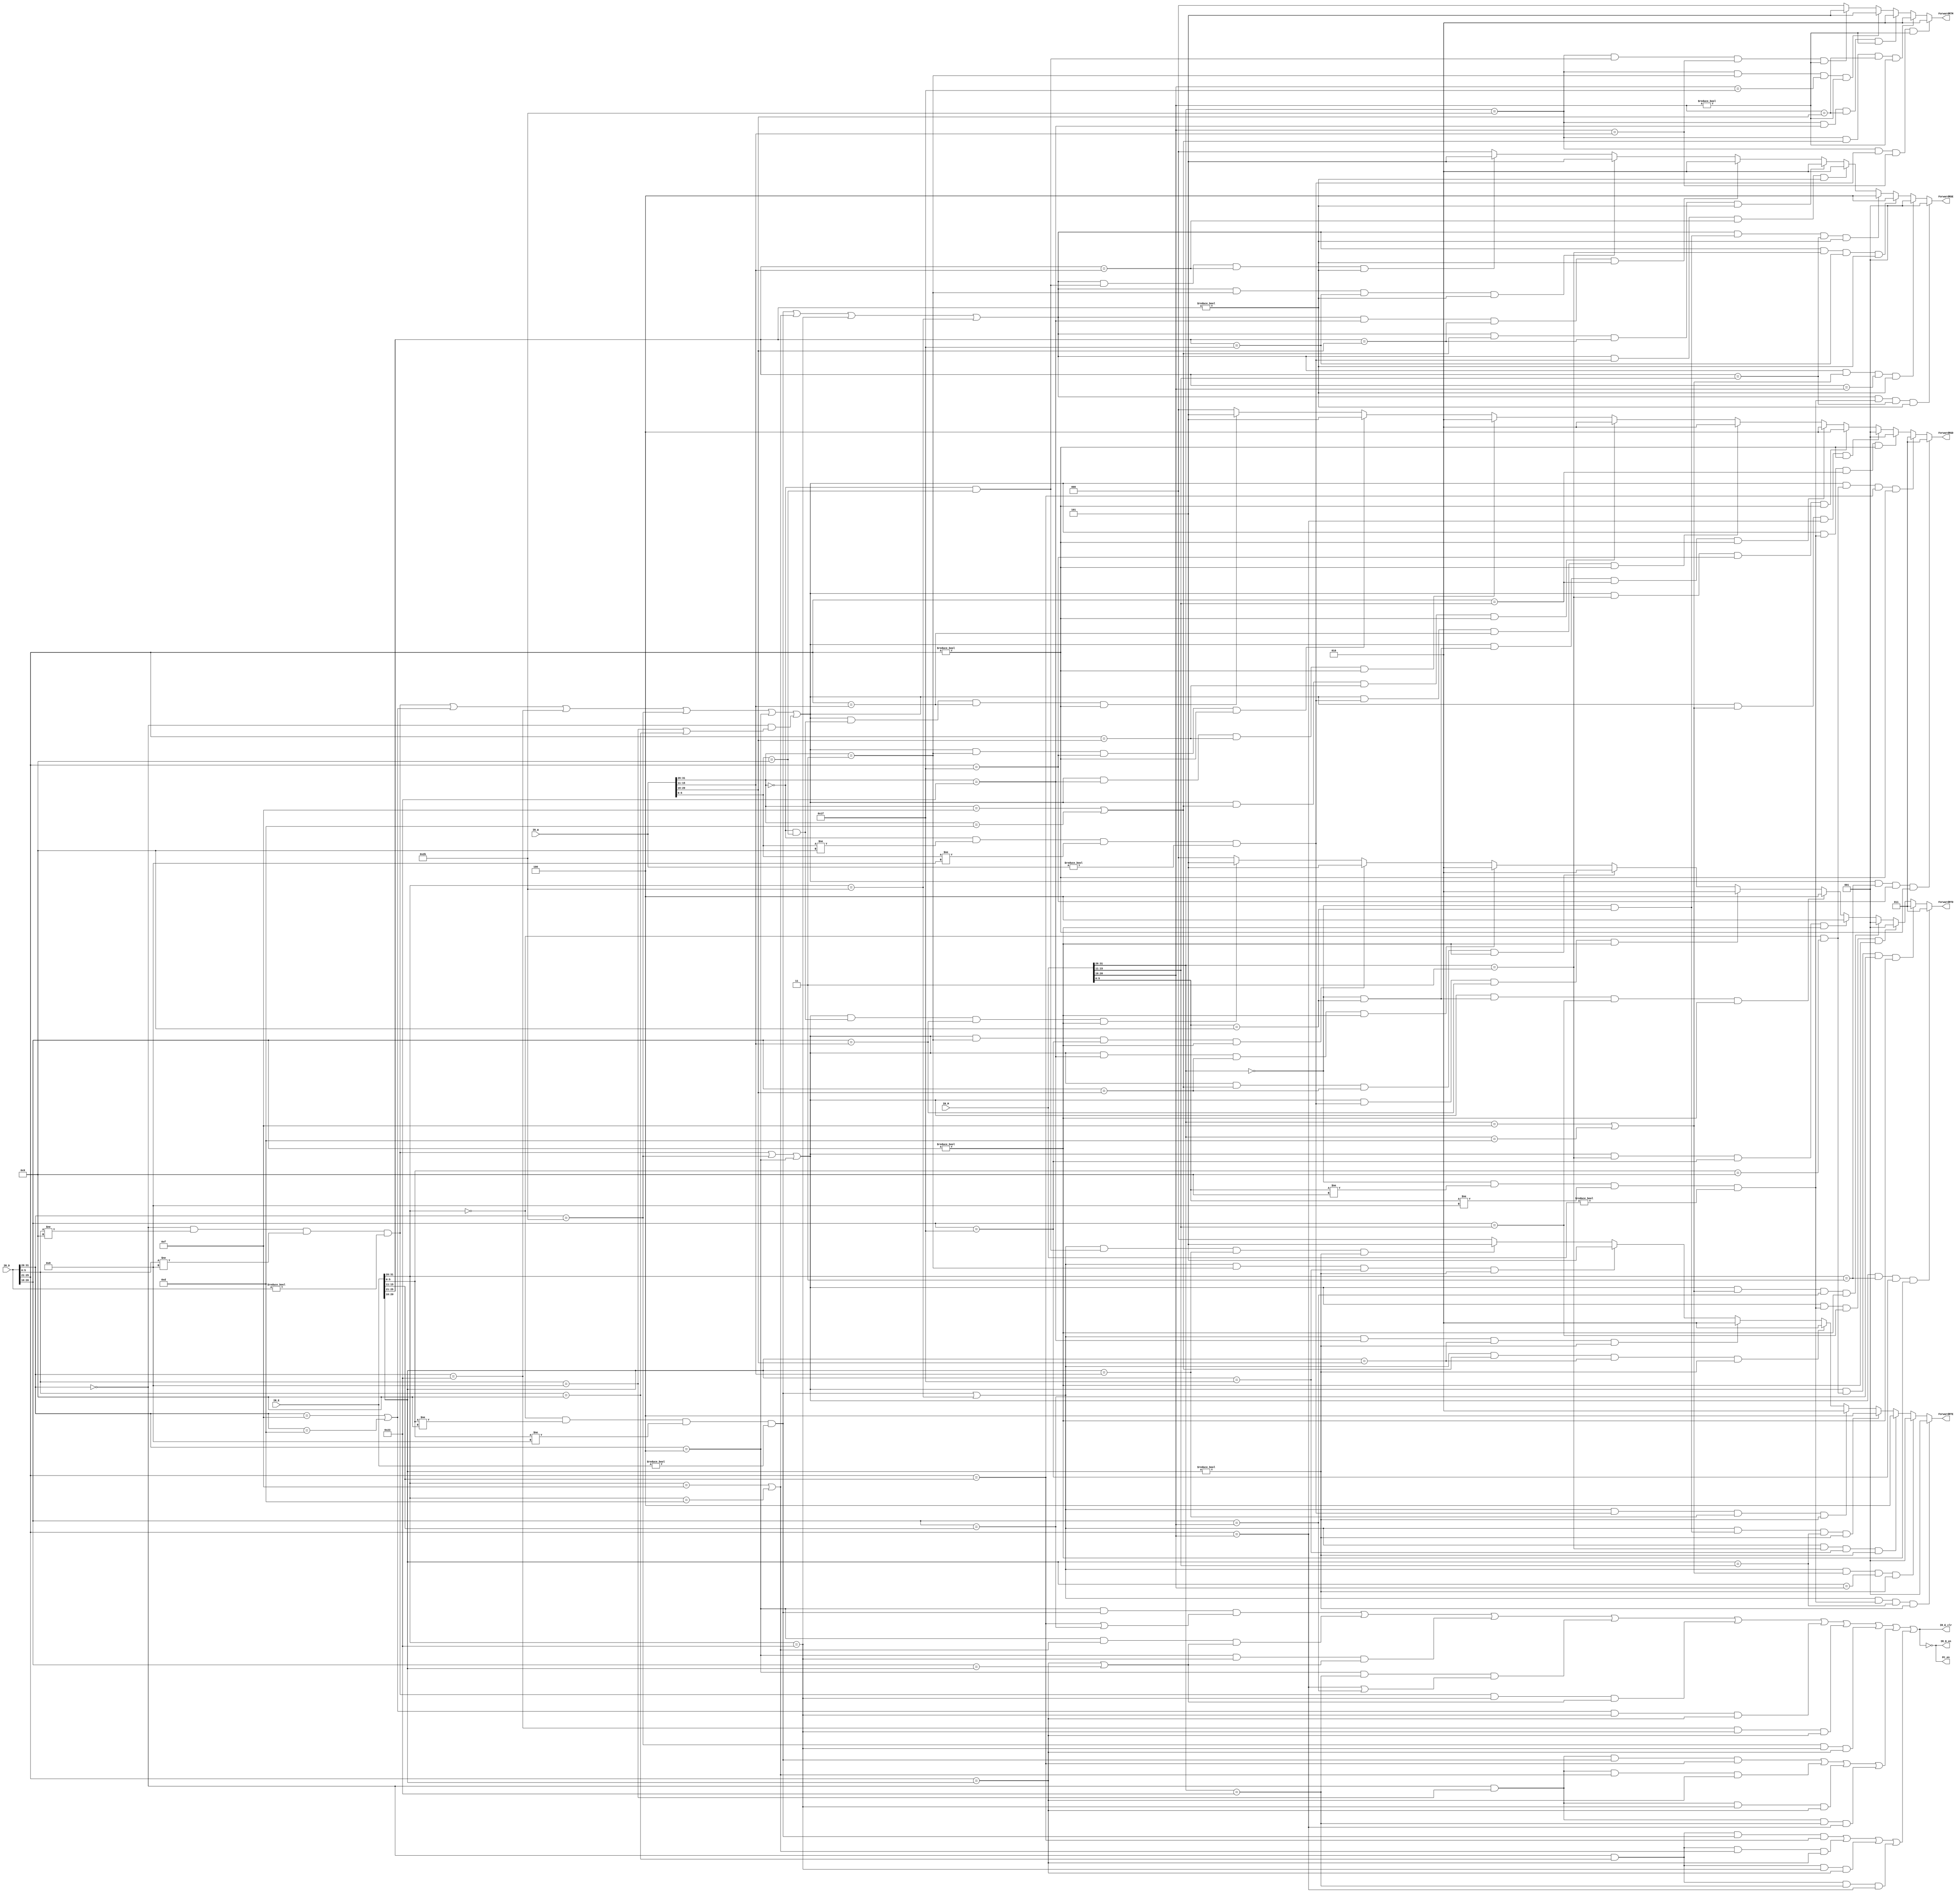
`timescale 1ns / 1ps
//////////////////////////////////////////////////////////////////////////////////
// Company: 
// Engineer: 
// 
// Design Name: 
// Module Name:    hazardUnit 
// Project Name: 
// Target Devices: 
// Tool versions: 
// Description: 
//
// Dependencies: 
//
// Revision: 
// Revision 0.01 - File Created
// Additional Comments: 
//
//////////////////////////////////////////////////////////////////////////////////
module hazardUnit(
	 input [31:0] IR_D,
	 input [31:0] IR_E,
	 input [31:0] IR_M,
	 input [31:0] IR_W,
	 output IR_D_en,
	 output IR_E_clr,
	 output PC_en,
	 output [2:0]ForwardRSD,	
	 output [2:0]ForwardRTD,
	 output [2:0]ForwardRSE,	
	 output [2:0]ForwardRTE,	
	 output [2:0]ForwardRTM
    );

	`define op 31:26
	`define rs 25:21
	`define rt 20:16
	`define rd 15:11
	`define shamt 10:6
	`define func 5:0
	`define imm16 15:0
	
	`define R 6'b000000
	`define lw 6'b100011
	`define sw 6'b101011
	`define lui 6'b001111
	`define ori 6'b001101
	`define beq 6'b000100
	`define jal 6'b000011
	`define addu 6'b100001
	`define subu 6'b100011
	`define jr 6'b001000
	`define jalr 6'b001001
	
	`define cal_r_D (IR_D[`op]==`R&&IR_D[`func]!=`jalr&&IR_D[`func]!=`jr&&IR_D!=0)
	`define cal_r_E (IR_E[`op]==`R&&IR_E[`func]!=`jalr&&IR_E[`func]!=`jr&&IR_E!=0)
	`define cal_r_M (IR_M[`op]==`R&&IR_M[`func]!=`jalr&&IR_M[`func]!=`jr&&IR_M!=0)
	`define cal_r_W (IR_W[`op]==`R&&IR_W[`func]!=`jalr&&IR_W[`func]!=`jr&&IR_W!=0)
	
	`define cal_i_D (IR_D[`op]==`lui||IR_D[`op]==`ori)
	`define cal_i_E (IR_E[`op]==`lui||IR_E[`op]==`ori)
	`define cal_i_M (IR_M[`op]==`lui||IR_M[`op]==`ori)
	`define cal_i_W (IR_W[`op]==`lui||IR_W[`op]==`ori)
	
	`define load_D (IR_D[`op]==`lw)
	`define load_E (IR_E[`op]==`lw)
	`define load_M (IR_M[`op]==`lw)
	`define load_W (IR_W[`op]==`lw)
	
	`define store_D (IR_D[`op]==`sw)
	`define store_E (IR_E[`op]==`sw)
	`define store_M (IR_M[`op]==`sw)
	`define store_W (IR_W[`op]==`sw)
	
	`define beq_D (IR_D[`op]==`beq)
	`define beq_E (IR_E[`op]==`beq)
	`define beq_M (IR_M[`op]==`beq)
	`define beq_W (IR_W[`op]==`beq)
	
	reg stall=0;
	wire stall_b,stall_cal_r,stall_cal_i,stall_load,stall_store,stall_jr,stall_jalr;
	
	assign stall_b = (`beq_D & `cal_r_E &(IR_D[`rs]==IR_E[`rd]||IR_D[`rt]==IR_E[`rd]))||
						  (`beq_D & `cal_i_E &(IR_D[`rs]==IR_E[`rt]||IR_D[`rt]==IR_E[`rt]))||
						  (`beq_D & `load_E &(IR_D[`rs]==IR_E[`rt]||IR_D[`rt]==IR_E[`rt]))||
						  (`beq_D & `load_M &(IR_D[`rs]==IR_M[`rt]||IR_D[`rt]==IR_M[`rt]));
	assign stall_cal_r = (`cal_r_D) && (`load_E) && (IR_D[`rs]==IR_E[`rt]||IR_D[`rt]==IR_E[`rt]);
	assign stall_cal_i = (`cal_i_D) & (`load_E) & (IR_D[`rs]==IR_E[`rt]);
	assign stall_load = (`load_D) & (`load_E) & (IR_D[`rs]==IR_E[`rt]);
	assign stall_store = (`store_D) & (`load_E) & (IR_D[`rs]==IR_E[`rt]);
	assign stall_jr = ((IR_D[`op]==`R&IR_D[`func]==`jr) & (`cal_r_E) & (IR_D[`rs]==IR_E[`rd]))||
							((IR_D[`op]==`R&IR_D[`func]==`jr) & (`cal_i_E) & (IR_D[`rs]==IR_E[`rt]))||
							((IR_D[`op]==`R&IR_D[`func]==`jr) & (`load_E) & (IR_D[`rs]==IR_E[`rt]))||
							((IR_D[`op]==`R&IR_D[`func]==`jr) & (`load_M) & (IR_D[`rs]==IR_M[`rt]));
	assign stall_jalr =  ((IR_D[`op]==`R&IR_D[`func]==`jalr) & (`cal_r_E) & (IR_D[`rs]==IR_E[`rd]))||
								((IR_D[`op]==`R&IR_D[`func]==`jalr) & (`cal_i_E) & (IR_D[`rs]==IR_E[`rt]))||
								((IR_D[`op]==`R&IR_D[`func]==`jalr) & (`load_E) & (IR_D[`rs]==IR_E[`rt]))||
								((IR_D[`op]==`R&IR_D[`func]==`jalr) & (`load_M) & (IR_D[`rs]==IR_M[`rt]));
			
	always@(*) begin
		stall <= stall_b||stall_cal_r||stall_cal_i||stall_load||stall_store||stall_jr||stall_jalr;
	end
	
	assign IR_D_en = !stall;
	assign IR_E_clr = stall;
	assign PC_en = !stall;
	
	`define RF_RD1 (`cal_r_D||`cal_i_D||`load_D||`store_D||`beq_D||(IR_D[`op]==`R&(IR_D[`func]==`jr||IR_D[`func]==`jalr)))
	`define RF_RD2 (`cal_r_D||`store_D||`beq_D)
	
	assign ForwardRSD = (`RF_RD1 & (IR_E[`op]==`jal) & IR_D[`rs]==31 & IR_D[`rs]!=0) ? 3 :
							  (`RF_RD1 & (IR_E[`op]==`R&&IR_E[`func]==`jalr)	& IR_D[`rs]==IR_E[`rd] & IR_D[`rs]!=0) ? 3 :
							  (`RF_RD1 &  `cal_r_M & IR_D[`rs]==IR_M[`rd] & IR_D[`rs]!=0) ? 1 :
							  (`RF_RD1 &  `cal_i_M & IR_D[`rs]==IR_M[`rt] & IR_D[`rs]!=0) ? 1 :
							  (`RF_RD1 & (IR_M[`op]==`jal)	& IR_D[`rs]==31 & IR_D[`rs]!=0) ? 4 :
							  (`RF_RD1 & (IR_M[`op]==`R&&IR_M[`func]==`jalr)	& IR_D[`rs]==IR_M[`rd] & IR_D[`rs]!=0) ? 4 :
							  (`RF_RD1 &  `cal_r_W & IR_D[`rs]==IR_W[`rd] & IR_D[`rs]!=0) ? 2 :
							  (`RF_RD1 &  `cal_i_W & IR_D[`rs]==IR_W[`rt] & IR_D[`rs]!=0) ? 2 :
							  (`RF_RD1 &  `load_W & IR_D[`rs]==IR_W[`rt] & IR_D[`rs]!=0) ? 2 :
							  (`RF_RD1 & (IR_W[`op]==`jal)	& IR_D[`rs]==31 & IR_D[`rs]!=0) ? 5 :
							  (`RF_RD1 & (IR_W[`op]==`R&&IR_W[`func]==`jalr) & IR_D[`rs]==IR_W[`rd] & IR_D[`rs]!=0) ? 5 : 0 ;
	assign ForwardRTD = (`RF_RD2 & (IR_E[`op]==`jal)	& IR_D[`rt]==31 & IR_D[`rt]!=0) ? 3 :
							  (`RF_RD2 & (IR_E[`op]==`R&&IR_E[`func]==`jalr)	& IR_D[`rt]==IR_E[`rd] & IR_D[`rt]!=0) ? 3 :
							  (`RF_RD2 &  `cal_r_M & IR_D[`rt]==IR_M[`rd] & IR_D[`rt]!=0) ? 1 :
							  (`RF_RD2 &  `cal_i_M & IR_D[`rt]==IR_M[`rt] & IR_D[`rt]!=0) ? 1 :
							  (`RF_RD2 & (IR_M[`op]==`jal)	& IR_D[`rt]==31 & IR_D[`rt]!=0) ? 4 :
							  (`RF_RD2 & (IR_M[`op]==`R&&IR_M[`func]==`jalr)	& IR_D[`rt]==IR_M[`rd] & IR_D[`rt]!=0) ? 4 :
							  (`RF_RD2 &  `cal_r_W & IR_D[`rt]==IR_W[`rd] & IR_D[`rt]!=0) ? 2 :
							  (`RF_RD2 &  `cal_i_W & IR_D[`rt]==IR_W[`rt] & IR_D[`rt]!=0) ? 2 :
							  (`RF_RD2 &  `load_W & IR_D[`rt]==IR_W[`rt] & IR_D[`rt]!=0) ? 2 :
							  (`RF_RD2 & (IR_W[`op]==`jal)	& IR_D[`rt]==31 & IR_D[`rt]!=0) ? 5 :
							  (`RF_RD2 & (IR_W[`op]==`R&&IR_W[`func]==`jalr)	& IR_D[`rt]==IR_W[`rd] & IR_D[`rt]!=0) ? 5 : 0; 
	assign ForwardRSE	= ((`cal_r_E||`cal_i_E||`load_E||`store_E) & `cal_r_M & (IR_E[`rs]==IR_M[`rd]) & IR_E[`rs]!=0) ? 1 :
							  ((`cal_r_E||`cal_i_E||`load_E||`store_E) & `cal_i_M & (IR_E[`rs]==IR_M[`rt]) & IR_E[`rs]!=0) ? 1 :
							  ((`cal_r_E||`cal_i_E||`load_E||`store_E) & (IR_M[`op]==`jal) & (IR_E[`rs]==31) & IR_E[`rs]!=0) ? 4 :
							  ((`cal_r_E||`cal_i_E||`load_E||`store_E) & (IR_M[`op]==`R&IR_M[`func]==`jalr) & (IR_E[`rs]==IR_M[`rd]) & IR_E[`rs]!=0) ? 4 :
							  ((`cal_r_E||`cal_i_E||`load_E||`store_E) & `cal_r_W & (IR_E[`rs]==IR_W[`rd]) & IR_E[`rs]!=0) ? 2 :
							  ((`cal_r_E||`cal_i_E||`load_E||`store_E) & `cal_i_W & (IR_E[`rs]==IR_W[`rt]) & IR_E[`rs]!=0) ? 2 :
							  ((`cal_r_E||`cal_i_E||`load_E||`store_E) & `load_W & (IR_E[`rs]==IR_W[`rt]) & IR_E[`rs]!=0) ? 2 :
							  ((`cal_r_E||`cal_i_E||`load_E||`store_E) & (IR_W[`op]==`jal) & (IR_E[`rs]==31) & IR_E[`rs]!=0) ? 5 :
							  ((`cal_r_E||`cal_i_E||`load_E||`store_E) & (IR_W[`op]==`R&IR_W[`func]==`jalr) & (IR_E[`rs]==IR_W[`rd]) & IR_E[`rs]!=0) ? 5 : 0;
	assign ForwardRTE	= ((`cal_r_E||`store_E) & `cal_r_M & (IR_E[`rt]==IR_M[`rd]) & IR_E[`rt]!=0) ? 1 :
							  ((`cal_r_E||`store_E) & `cal_i_M & (IR_E[`rt]==IR_M[`rt]) & IR_E[`rt]!=0) ? 1 :
							  ((`cal_r_E||`store_E) & (IR_M[`op]==`jal) & (IR_E[`rt]==31) & IR_E[`rt]!=0) ? 4 :
							  ((`cal_r_E||`store_E) & (IR_M[`op]==`R&IR_M[`func]==`jalr) & (IR_E[`rt]==IR_M[`rd]) & IR_E[`rt]!=0) ? 4 :
							  ((`cal_r_E||`store_E) & `cal_r_W & (IR_E[`rt]==IR_W[`rd]) & IR_E[`rt]!=0) ? 2 :
							  ((`cal_r_E||`store_E) & `cal_i_W & (IR_E[`rt]==IR_W[`rt]) & IR_E[`rt]!=0) ? 2 :
							  ((`cal_r_E||`store_E) & `load_W & (IR_E[`rt]==IR_W[`rt]) & IR_E[`rt]!=0) ? 2 :
							  ((`cal_r_E||`store_E) & (IR_W[`op]==`jal) & (IR_E[`rt]==31) & IR_E[`rt]!=0) ? 5 :
							  ((`cal_r_E||`store_E) & (IR_W[`op]==`R&IR_W[`func]==`jalr) & (IR_E[`rt]==IR_W[`rd]) & IR_E[`rt]!=0) ? 5 : 0;
	assign ForwardRTM	= ((`store_M) & `cal_r_W & (IR_M[`rt]==IR_W[`rd]) & IR_M[`rt]!=0) ? 2 :
							  ((`store_M) & `cal_i_W & (IR_M[`rt]==IR_W[`rt]) & IR_M[`rt]!=0) ? 2 :
							  ((`store_M) & `load_W & (IR_M[`rt]==IR_W[`rt]) & IR_M[`rt]!=0) ? 2 :
							  ((`store_M) & (IR_W[`op]==`jal) & (IR_M[`rt]==31) & IR_M[`rt]!=0) ? 5 :
							  ((`store_M) & (IR_W[`op]==`R&IR_W[`func]==`jalr) & (IR_M[`rt]==IR_W[`rd]) & IR_M[`rt]!=0) ? 5 : 0;
endmodule